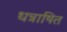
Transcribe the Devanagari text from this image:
धन्राषित